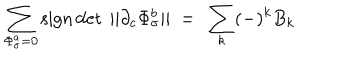
\sum _ { \Phi _ { \sigma } ^ { a } = 0 } \mathrm { s i g n } \det \ | | \partial _ { c } \Phi _ { \sigma } ^ { b } | | ~ = ~ \sum _ { k } ( - ) ^ { k } B _ { k }